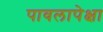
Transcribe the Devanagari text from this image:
पावलापेक्षा